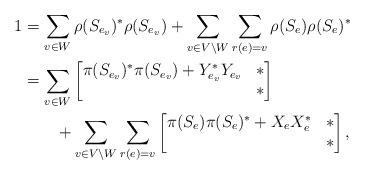
LaTeX: \begin{align*}1&=\sum_{v\in W} \rho(S_{e_v})^*\rho(S_{e_v}) + \sum_{v\in V\setminus W} \sum_{r(e)=v} \rho(S_e) \rho(S_e)^*\\&=\sum_{v\in W}\begin{bmatrix}\pi(S_{e_v})^* \pi(S_{e_v}) +Y_{e_v}^* Y_{e_v} & *\\* & *\end{bmatrix} \\&\quad\quad+\sum_{v\in V\setminus W}\sum_{r(e)=v}\begin{bmatrix}\pi(S_e) \pi(S_e)^* +X_e X_e^* & *\\* & *\end{bmatrix},\end{align*}